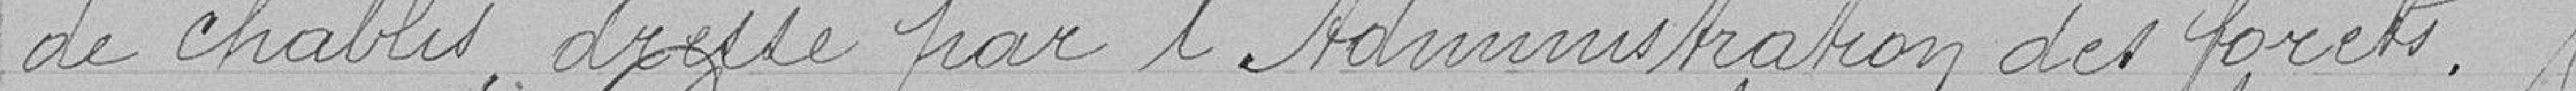
de chablis, dressé par l'Administration des forêts.